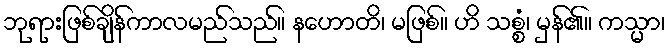
ဘုရားဖြစ်ချိန်ကာလမည်သည်။ နဟောတိ၊ မဖြစ်။ ဟိ သစ္စံ၊ မှန်၏။ ကသ္မာ၊